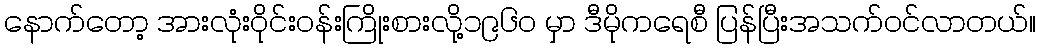
နောက်တော့ အားလုံးဝိုင်းဝန်းကြိုးစားလို့၁၉၆၀ မှာ ဒီမိုကရေစီ ပြန်ပြီးအသက်ဝင်လာတယ်။